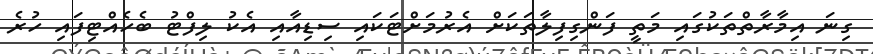
ގިނަ އިމާރާތްތަކުގައި މަތީ ފަންގިފިލާތަކަށް އެރުމަށްޓަކައި ސިޑިއާއި އެކު ލިފްޓު ބެހެއްޓިފައި ހުރެ